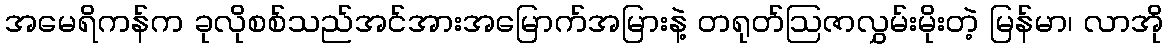
အမေရိကန်က ခုလိုစစ်သည်အင်အားအမြောက်အမြားနဲ့ တရုတ်ဩဇာလွှမ်းမိုးတဲ့ မြန်မာ၊ လာအို